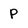
Character: P